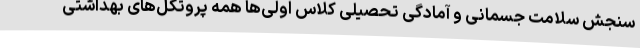
سنجش سلامت جسمانی و آمادگی تحصیلی کلاس اولی‌ها همه پروتکل‌های بهداشتی